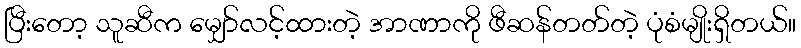
ပြီးတော့ သူဆီက မျှော်လင့်ထားတဲ့ အာဏာကို ဖီဆန်တတ်တဲ့ ပုံစံမျိုးရှိတယ်။